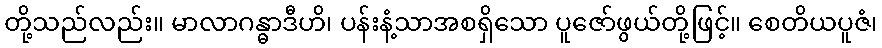
တို့သည်လည်း။ မာလာဂန္ဓာဒီဟိ၊ ပန်းနံ့သာအစရှိသော ပူဇော်ဖွယ်တို့ဖြင့်။ စေတိယပူဇံ၊